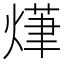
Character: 𭵨